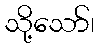
သို့သော်၊